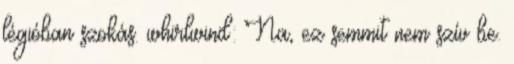
légióban szokás. whirlwind: Na, ez semmit nem szív be.